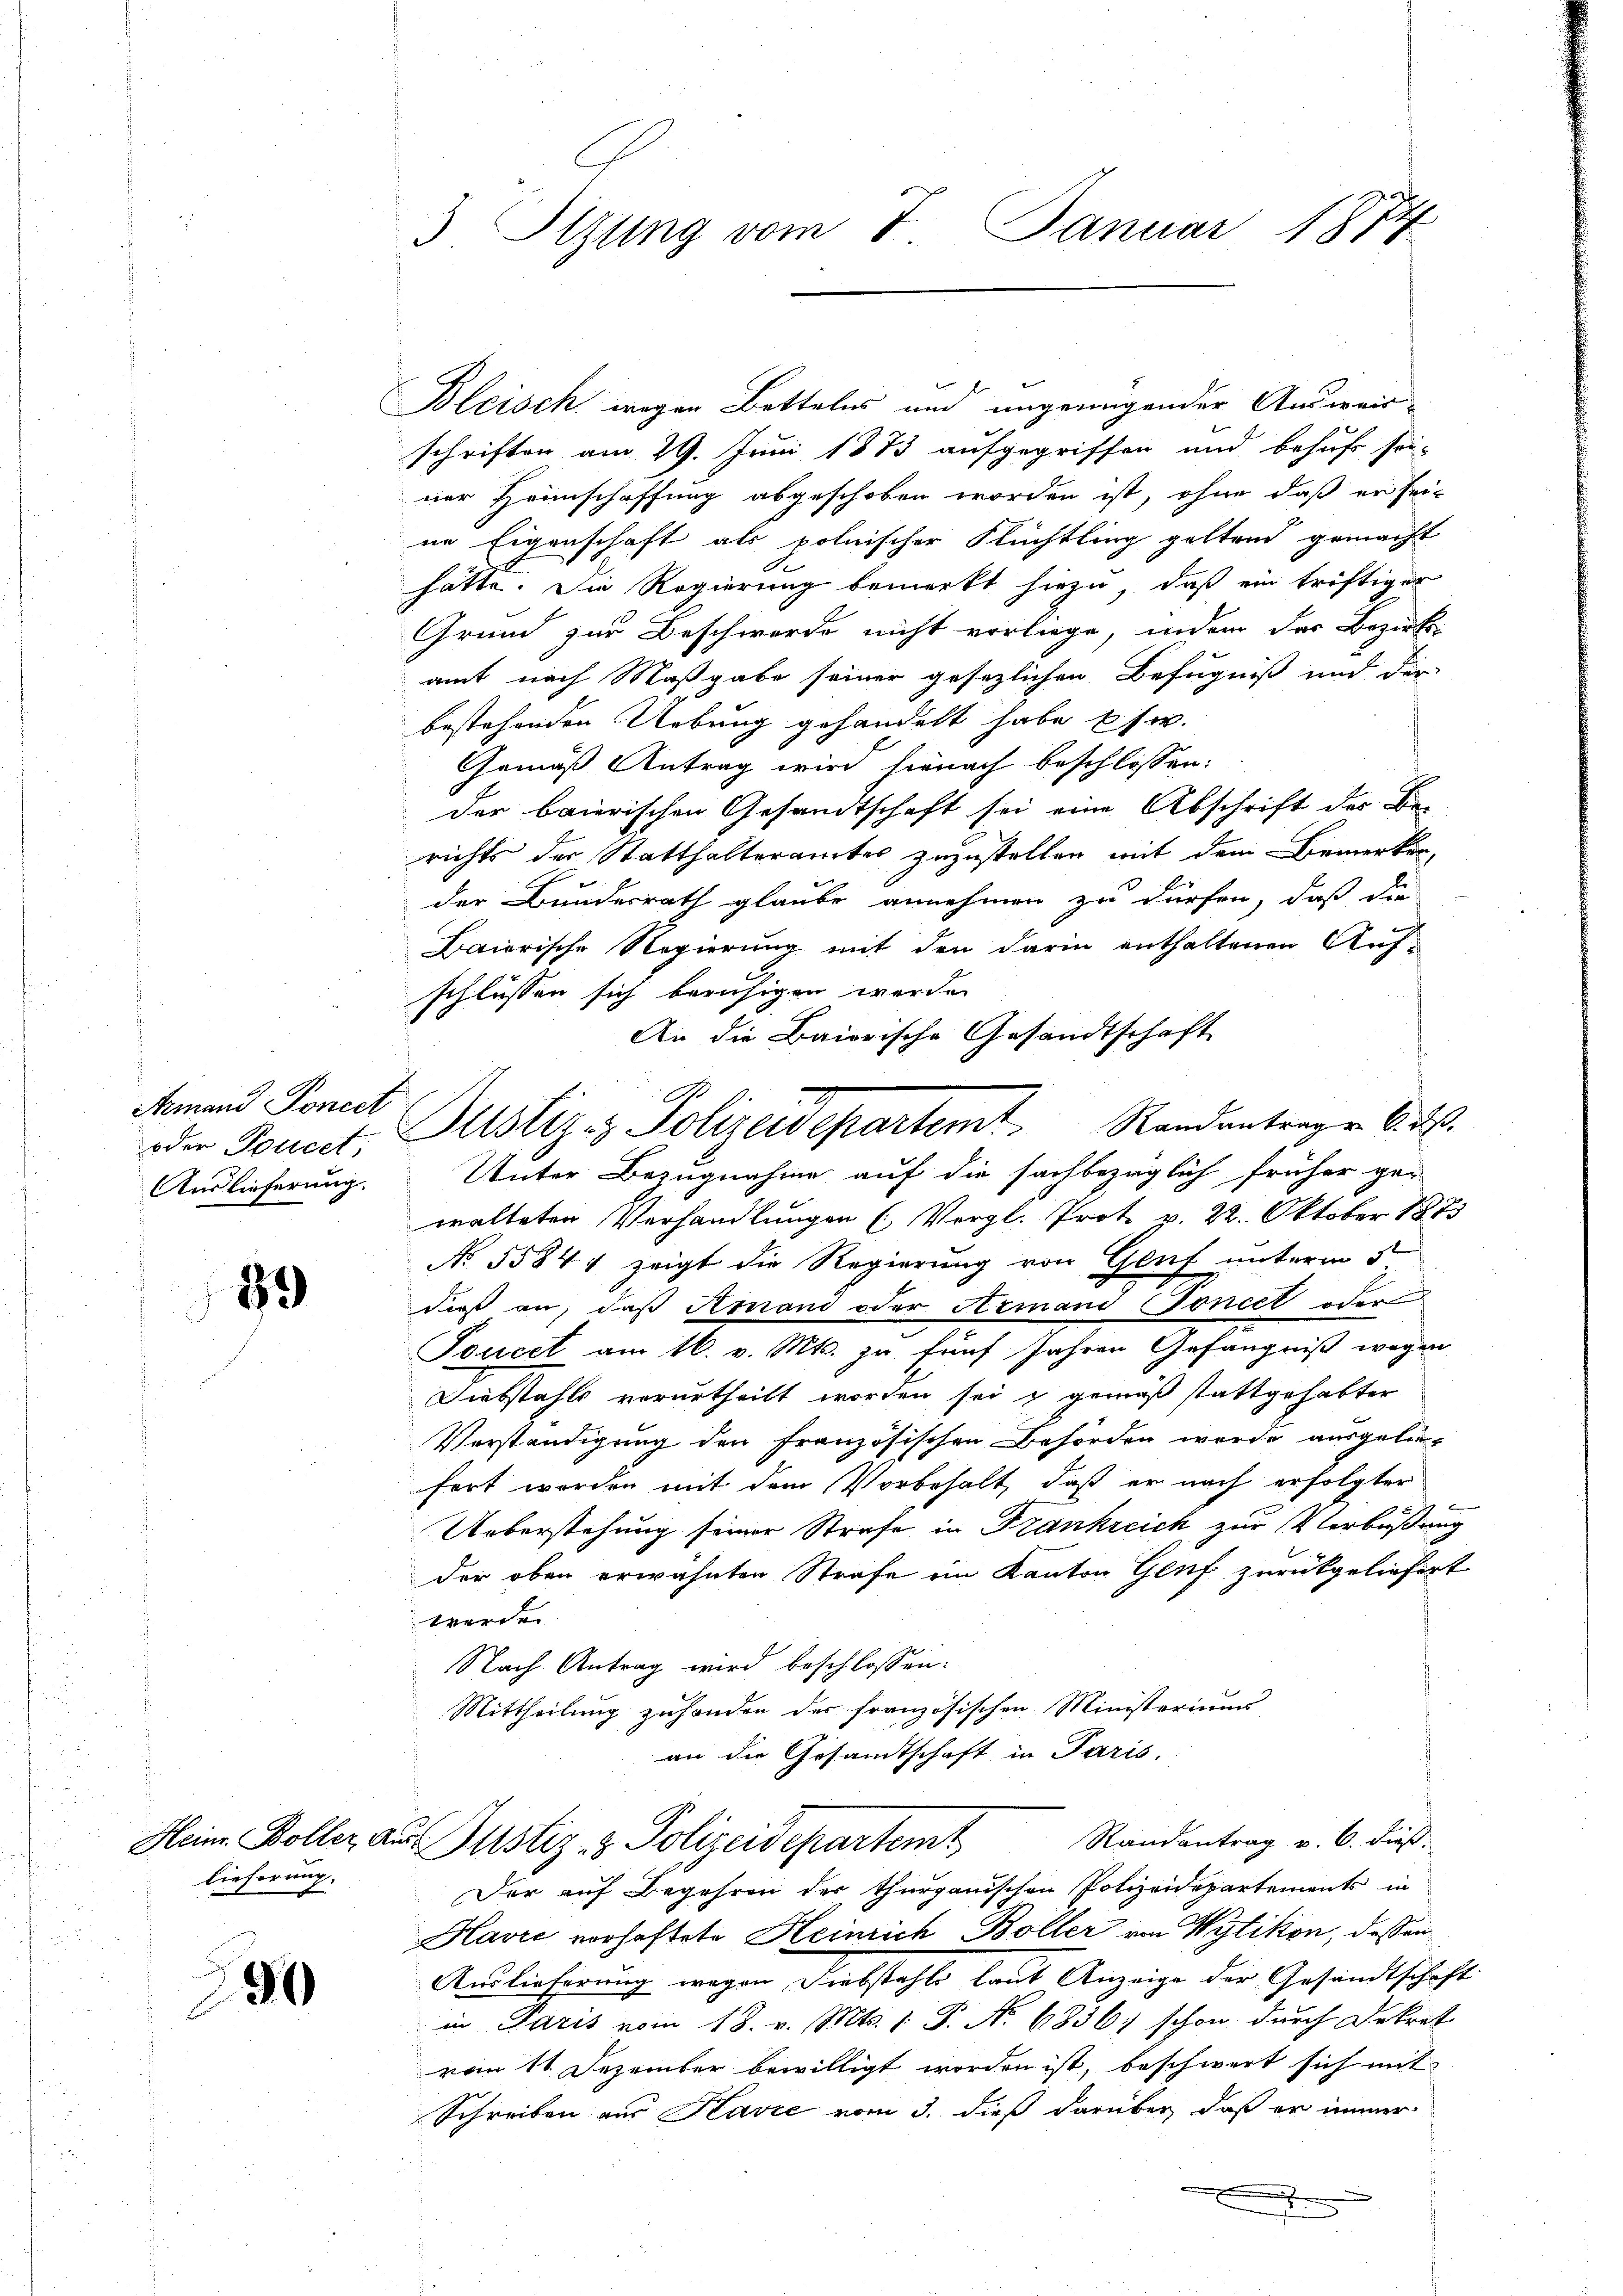
Armand Poncet
Auslieferung.

89

lieferung.

90

3 Sizung vom 7. Januar 1874

Bleisch wegen Bettelns und ungenügender Ausweir-
schriften am 29. Juni 1873 aufgegriffen und behuf sei-
ner Heimschaffung abgeschoben worden ist, ohne daß er seine Eigenschaft als polnischer Flüchtling geltend gemacht
hätte. Die Regierung bemerkt hiezu, daß ein triftiger
Grund zur Beschwerde nicht vorliege, indem des Bezirks-
amt nach Maßgabe seiner gesezlichen Befugniß und der
bestehenden Uebung gehandelt habe usw.
Gemäß Antrag wird hienach beschlossen:
der baierischen Gesandtschaft sei eine Abschrift der Be-
richts der Statthalteramtes zuzustellen mit dem Bemerken,
der Bundesrath glaube annehmen zu dürfen, daß die
Baierische Regierung mit den darin enthaltenen Aufschlüssen sich beruhigen werden
An die Baiorische Gesandtschaft
A
oder Foucet, Justiz & Polizeidepartemt. Randantragen 6. ds.
Unter Bezugnahme auf die sachbezüglich früher ge-
walteten Verhandlungen (Vergl. Prote v. 22. Oktober 187
No 5584, zeigt die Regierung von Gluf unterm 5ten
daß an, daß Amond oder Armand Foncet oder
Toucel am 16. v. Mts. zu fünf Jahren Gefängniß wegen
Diebstahls verurtheilt worden sei & gemäß stattgehabter
Verständigung den französischen Behörden wurde ausgelie-
fert worden mit dem Vorbehalt, daß er nach erfolgter
Ueberstehung seiner Strafe in Frankreich zur Verbüßen
der oben erwähnten Strafe ein Kanton Genf zurückgeliefert
werden
Nach Antrag wird beschlossen:
Mittheilung zuhanden der französischen Ministeriums
an die Gesandtschaft in Paris.

Heine Boller aŭs Justiz- & Polizeidepartemt Randantrag v. 6. dies
Der auf Begehren der thurgauischen Polizeidepartements in

Havić vorhaftete Heinrich Boller von Wytikon, dessen
Auslieferung wegen Siebstahls laut Anzeige der Gesandtschaft
in Paris vom 18. v. Mts. 1 S. No. 6836; schon durch Dekret
vom 11. Dezember bewilligt worden ist, beschwert sich mit
Schreiben aus Kavić vom 3. dieß darüber, daß er immer
.